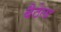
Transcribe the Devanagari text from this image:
बैठेला